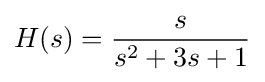
H(s)={\frac {s}{s^{2}+3s+1}}